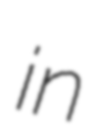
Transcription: in